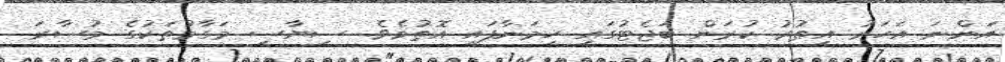
އަންނަ އަހަރު އިތުރު ކުރަން ބަޖެޓުގައި ހިމަނާފައި އޮތުމެވެ. ސިޔާސީ މަގާމުތަކުގެ މުސާރަ